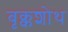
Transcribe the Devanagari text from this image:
बृक्कशोथ